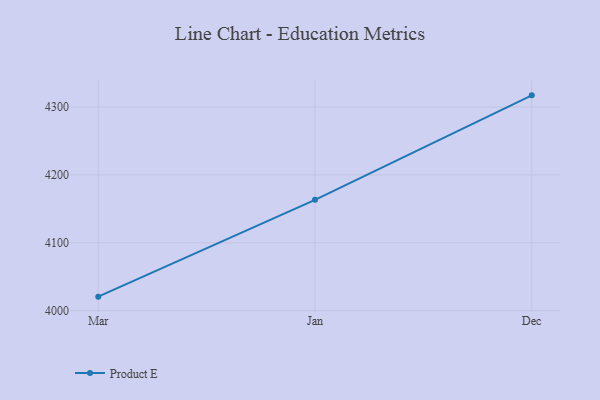
{"axis": {"x": "Month", "y": "Website Visitors"}, "legend": ["Product E"], "data": [{"x": "Mar", "y": 4020.6, "type": "Product E"}, {"x": "Jan", "y": 4163.3, "type": "Product E"}, {"x": "Dec", "y": 4317.2, "type": "Product E"}]}